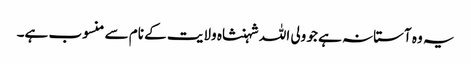
یہ وہ آستانہ ہے جو ولی اللہ شہنشاہ ولایت کے نام سے منسوب ہے۔